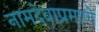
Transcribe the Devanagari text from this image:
नामदेवाप्रमाणे